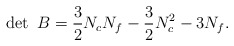
\begin{align*}\det~B={3\over 2}N_cN_f-{3\over 2}N_c^2-3N_f.\end{align*}